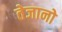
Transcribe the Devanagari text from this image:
तेजानो